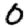
Digit: 0